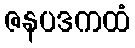
ဇနပဒကထံ